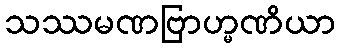
သဿမဏဗြာဟ္မဏိယာ